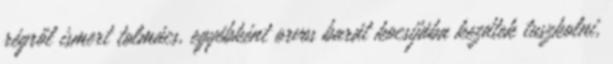
régről ismert tolmács, egyébként orvos barát kocsijába kezdtek tuszkolni,